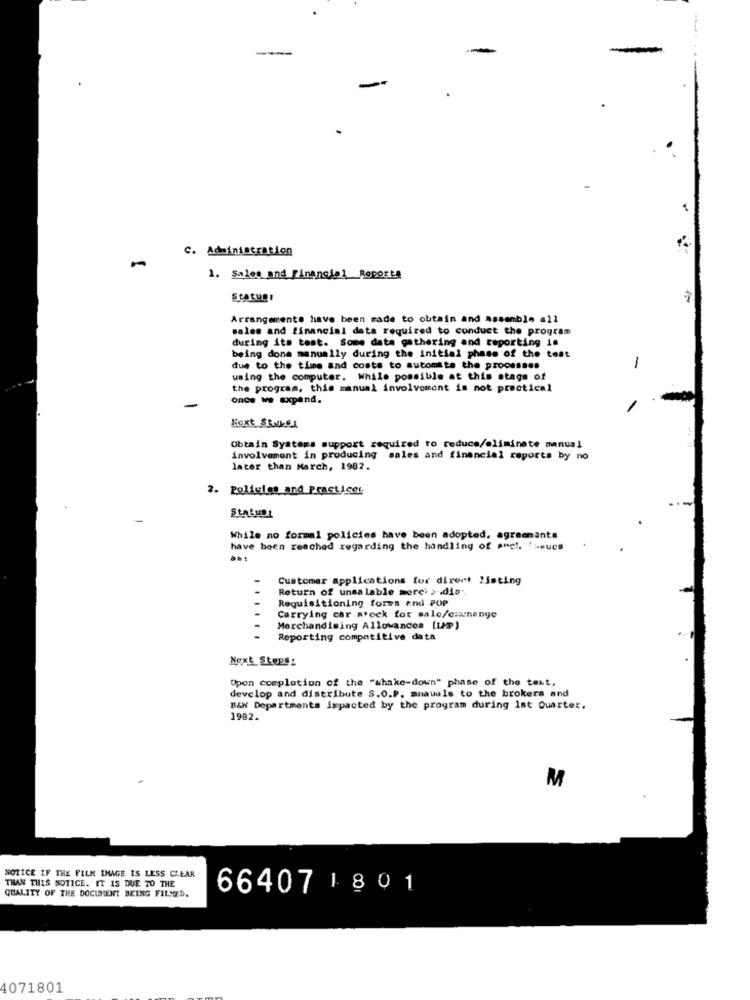
-
C. Administration
1. Sales and Financial Reports
Arrangements have been made to obtain and assemble all
sales and financial data required to conduct the program
during its test. Some data gathering and reporting is
being done manually during the initial phase of the test
due to the time and costs to automate the processes
-
using the computer. While possible at this stage of
the program, this manual involvement is not practical
once we expand.
Next Stores
Obtain Systems support required to reduce/eliminate manual
involvement in producing sales and financial reports by no
later than March, 1982.
2. Poliules and Practices
StatuDE
While no formal policies have been adopted. agreements
have been reached regarding the handling of a"el, 'ssucs
Customer applications for direct listing
Return of unsalable merci > dis ..
Requisitioning forms and POP
Carrying car stock for sale/exchange
Merchandising Allowances (LMP)
Reporting competitive data
Next Steps:
Upon completion of the "shake-down" phase of the test,
develop and distribute S.O.P. mnauals to the brokers and
B& Departments impacted by the program during 1st Quarter.
1982.
NOTICE IF THE FILM IMAGE IS LESS CLEAR
THAN THIS NOTICE. IT IS DUE TO THE
QUALITY OF THE DOCUMENT BEING FILMED.
66407 1801
4071801